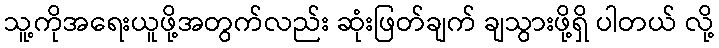
သူ့ကိုအရေးယူဖို့အတွက်လည်း ဆုံးဖြတ်ချက် ချသွားဖို့ရှိ ပါတယ် လို့